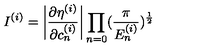
I ^ { ( i ) } = \left| \frac { \partial \eta ^ { ( i ) } } { \partial c _ { n } ^ { ( i ) } } \right| \prod _ { n = 0 } ( \frac { \pi } { E _ { n } ^ { ( i ) } } ) ^ { \frac { 1 } { 2 } }